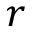
r